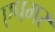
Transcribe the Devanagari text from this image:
एपगर